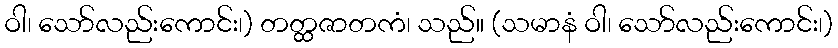
ဝါ၊ သော်လည်းကောင်း၊) တတ္ထဇာတကံ၊ သည်။ (သမာနံ ဝါ၊ သော်လည်းကောင်း၊)